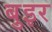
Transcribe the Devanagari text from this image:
बुइर